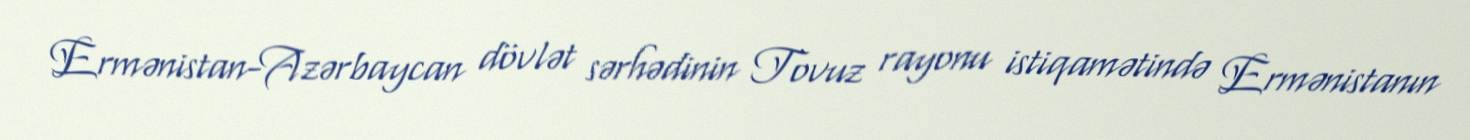
Ermənistan-Azərbaycan dövlət sərhədinin Tovuz rayonu istiqamətində Ermənistanın